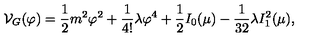
{ \cal V } _ { G } ( \varphi ) = { \frac { 1 } { 2 } } m ^ { 2 } \varphi ^ { 2 } + { \frac { 1 } { 4 ! } } \lambda \varphi ^ { 4 } + { \frac { 1 } { 2 } } I _ { 0 } ( \mu ) - { \frac { 1 } { 3 2 } } \lambda I _ { 1 } ^ { 2 } ( \mu ) ,